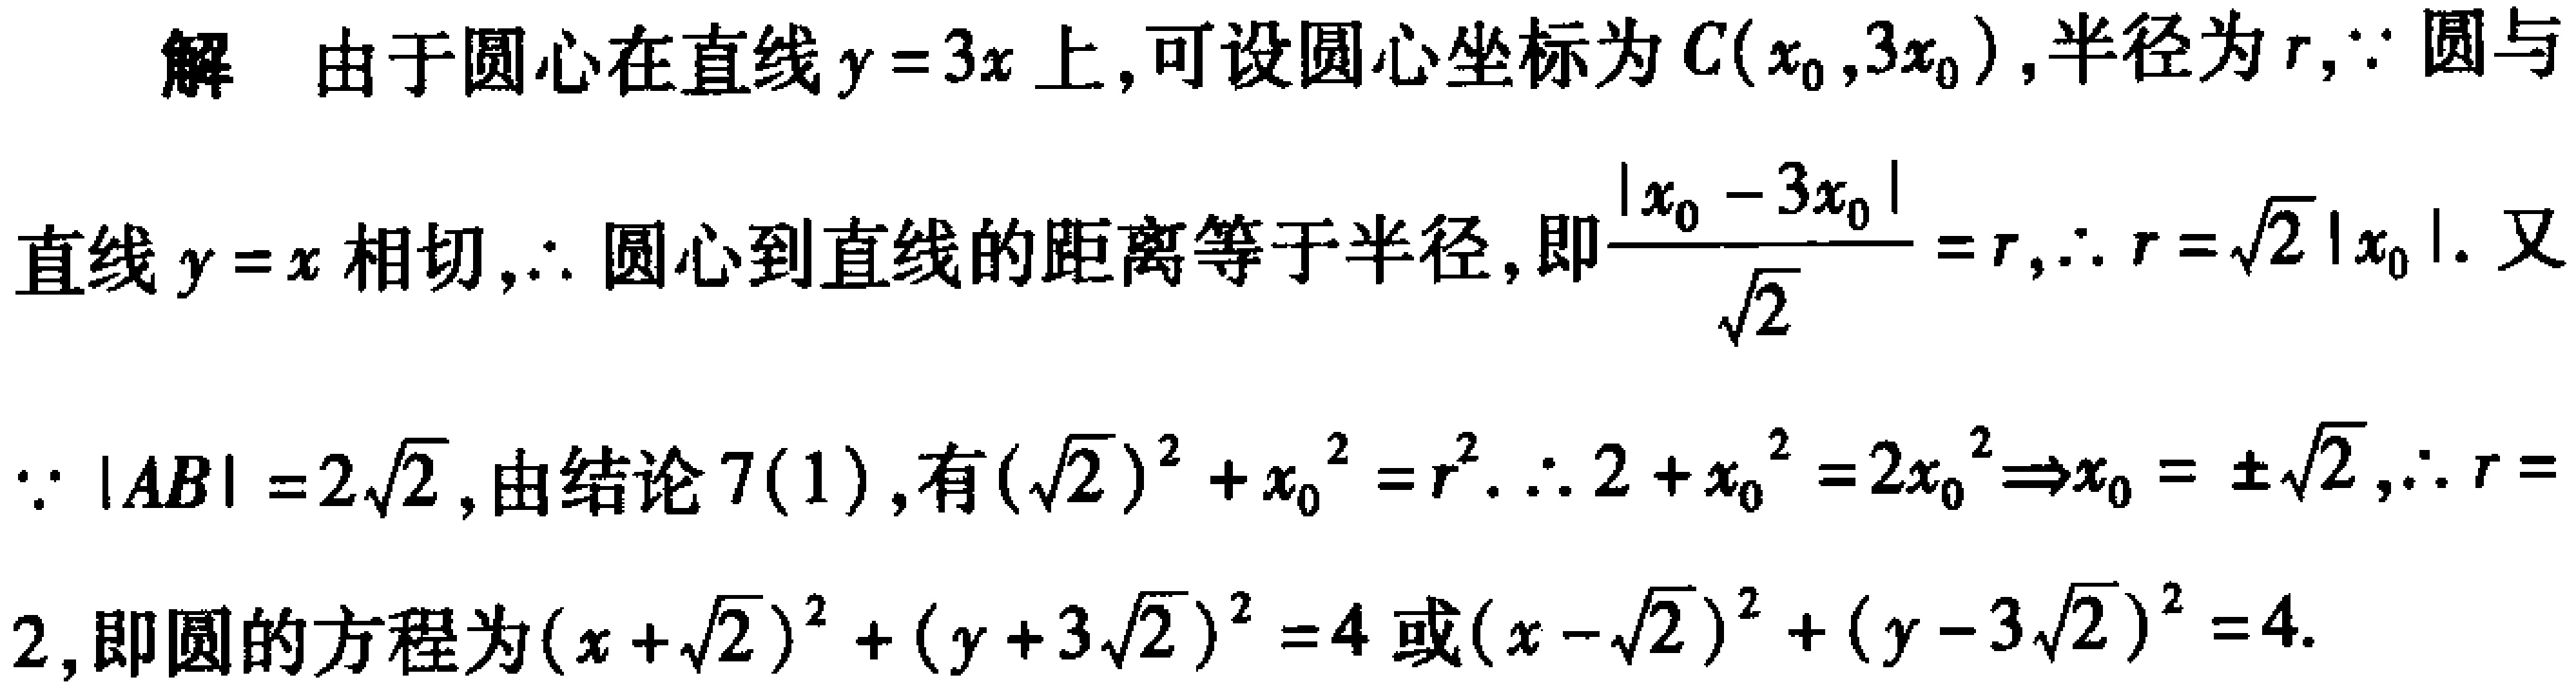
解 由于圆心在直线 \(y = 3x\) 上,可设圆心坐标为 \(C(x_{0},3x_{0})\),半径为 \(r\),\(\because\) 圆与直线 \(y = x\) 相切,\(\therefore\) 圆心到直线的距离等于半径,即\(\frac{\vert x_{0}-3x_{0}\vert}{\sqrt{2}}=r\),\(\therefore r = \sqrt{2}\vert x_{0}\vert\). 又\(\because\vert AB\vert = 2\sqrt{2}\),由结论 \(7(1)\),有\((\sqrt{2})^{2}+x_{0}^{2}=r^{2}\). \(\therefore 2 + x_{0}^{2}=2x_{0}^{2}\Rightarrow x_{0}=\pm\sqrt{2}\),\(\therefore r = 2\),即圆的方程为\((x + \sqrt{2})^{2}+(y + 3\sqrt{2})^{2}=4\) 或\((x - \sqrt{2})^{2}+(y - 3\sqrt{2})^{2}=4\).